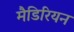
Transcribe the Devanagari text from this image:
मैडिरियन